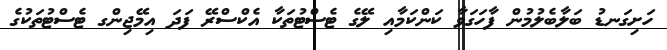
ހަށިގަނޑު ބަލާބެލުމުން ފާހަގަވާ ކަންކަމާއި ލޭގެ ޓެސްޓުތަކާ އެކްސްރޭ ފަދަ އިމޭޖިންގ ޓެސްޓުތަކުގެ